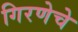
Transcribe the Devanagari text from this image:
गिरणेचे